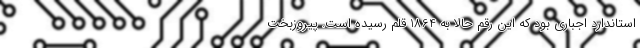
استاندارد اجباری بود که این رقم حالا به 1864 قلم رسیده است. پیروزبخت